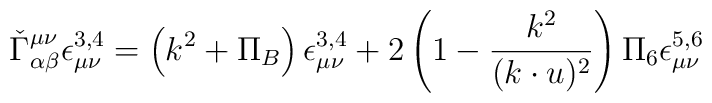
\check\Gamma_{\alpha\beta}^{\mu\nu} \epsilon^{3,4}_{\mu\nu} =  \left(k^2 + \Pi_B\right)  \epsilon^{3,4}_{\mu\nu} + 2\left(1-\frac{k^2}{(k\cdot u)^2}\right)\Pi_6  \epsilon^{5,6}_{\mu\nu}